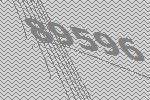
89596